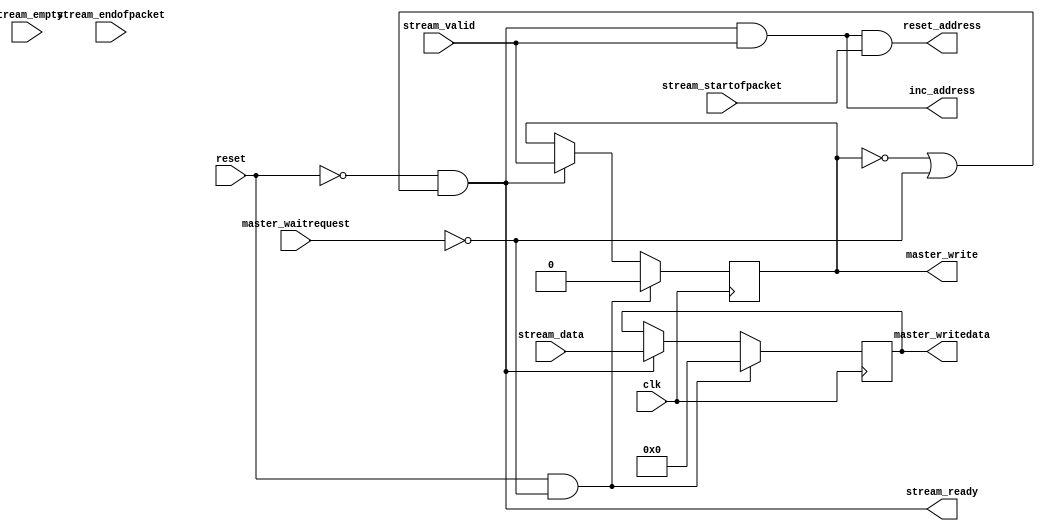
// THIS FILE IS PROVIDED "AS IS", WITHOUT WARRANTY OF ANY KIND, EXPRESS OR
// IMPLIED, INCLUDING BUT NOT LIMITED TO THE WARRANTIES OF MERCHANTABILITY,
// FITNESS FOR A PARTICULAR PURPOSE AND NONINFRINGEMENT. IN NO EVENT SHALL
// THE AUTHORS OR COPYRIGHT HOLDERS BE LIABLE FOR ANY CLAIM, DAMAGES OR OTHER
// LIABILITY, WHETHER IN AN ACTION OF CONTRACT, TORT OR OTHERWISE, ARISING
// FROM, OUT OF OR IN CONNECTION WITH THIS FILE OR THE USE OR OTHER DEALINGS
// IN THIS FILE.

module altera_up_video_dma_to_memory (
	// Inputs
	clk,
	reset,

	stream_data,
	stream_startofpacket,
	stream_endofpacket,
	stream_empty,
	stream_valid,

	master_waitrequest,
	
	// Bidirectional

	// Outputs
	stream_ready,

	master_write,
	master_writedata,

	inc_address,
	reset_address
);

/*****************************************************************************
 *                           Parameter Declarations                          *
 *****************************************************************************/

parameter DW	=  15; // Frame's datawidth
parameter EW	=   0; // Frame's empty width

parameter MDW	=  15; // Avalon master's datawidth

/*****************************************************************************
 *                             Port Declarations                             *
 *****************************************************************************/

// Inputs
input						clk;
input						reset;

input			[DW: 0]	stream_data;
input						stream_startofpacket;
input						stream_endofpacket;
input			[EW: 0]	stream_empty;
input						stream_valid;

input						master_waitrequest;
	
// Bidirectional

// Outputs
output					stream_ready;

output					master_write;
output		[MDW:0]	master_writedata;

output					inc_address;
output					reset_address;

/*****************************************************************************
 *                           Constant Declarations                           *
 *****************************************************************************/


/*****************************************************************************
 *                 Internal Wires and Registers Declarations                 *
 *****************************************************************************/

// Internal Wires

// Internal Registers
reg			[DW: 0]	temp_data;
reg						temp_valid;

// State Machine Registers

// Integers

/*****************************************************************************
 *                         Finite State Machine(s)                           *
 *****************************************************************************/


/*****************************************************************************
 *                             Sequential Logic                              *
 *****************************************************************************/

// Output Registers

// Internal Registers
always @(posedge clk)
begin
	if (reset & ~master_waitrequest)
	begin
		temp_data	<=  'h0;
		temp_valid	<= 1'b0;
	end
	else if (stream_ready)
	begin
		temp_data	<= stream_data;
		temp_valid	<= stream_valid;
	end
end

/*****************************************************************************
 *                            Combinational Logic                            *
 *****************************************************************************/
// Output Assignments
assign stream_ready		= ~reset & (~temp_valid | ~master_waitrequest);

assign master_write		= temp_valid;
assign master_writedata	= temp_data;

assign inc_address		= stream_ready & stream_valid;
assign reset_address		= inc_address & stream_startofpacket;

// Internal Assignments

/*****************************************************************************
 *                              Internal Modules                             *
 *****************************************************************************/


endmodule